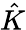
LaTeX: \hat{K}